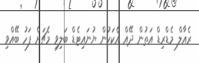
ރެއާލް މެޑްރިޑް އަތުން ދޭއް އެކަކުން ޔުނައިޓެޑް ބަލިވި މެޗަށް ފަހު ބޭއްވި